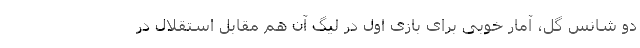
دو شانس گل، آمار خوبی برای بازی اول در لیگ آن هم مقابل استقلال در